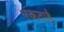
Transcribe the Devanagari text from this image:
एकताई